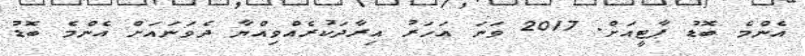
އެންމެ ބޮޑު ޕާޓީއަށް. 2017 ވަނަ އަހަރު އިރާދަކުރެއްވިއްޔާ ދެވަނައަށް އެންމެ ބޮޑު